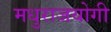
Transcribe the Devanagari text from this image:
मधुराजयोगी